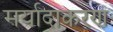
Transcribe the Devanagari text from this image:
मर्यादाकरण